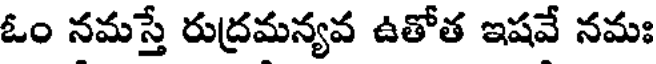
ఓం నమస్తే రుద్రమన్యవ ఉతోత ఇషవే నమః